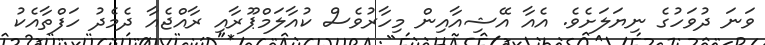
ވަނަ ދުވަހުގެ ނިޔަލަށެވެ. އެއާ އޭޝިއާއިން މިހާރުވެސް ކުއާލަމްޕޫރާއި ރާއްޖެއާ ދެމެދު ހަފްތާއެކު